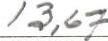
13,67